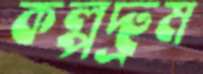
কল্পদ্রুম